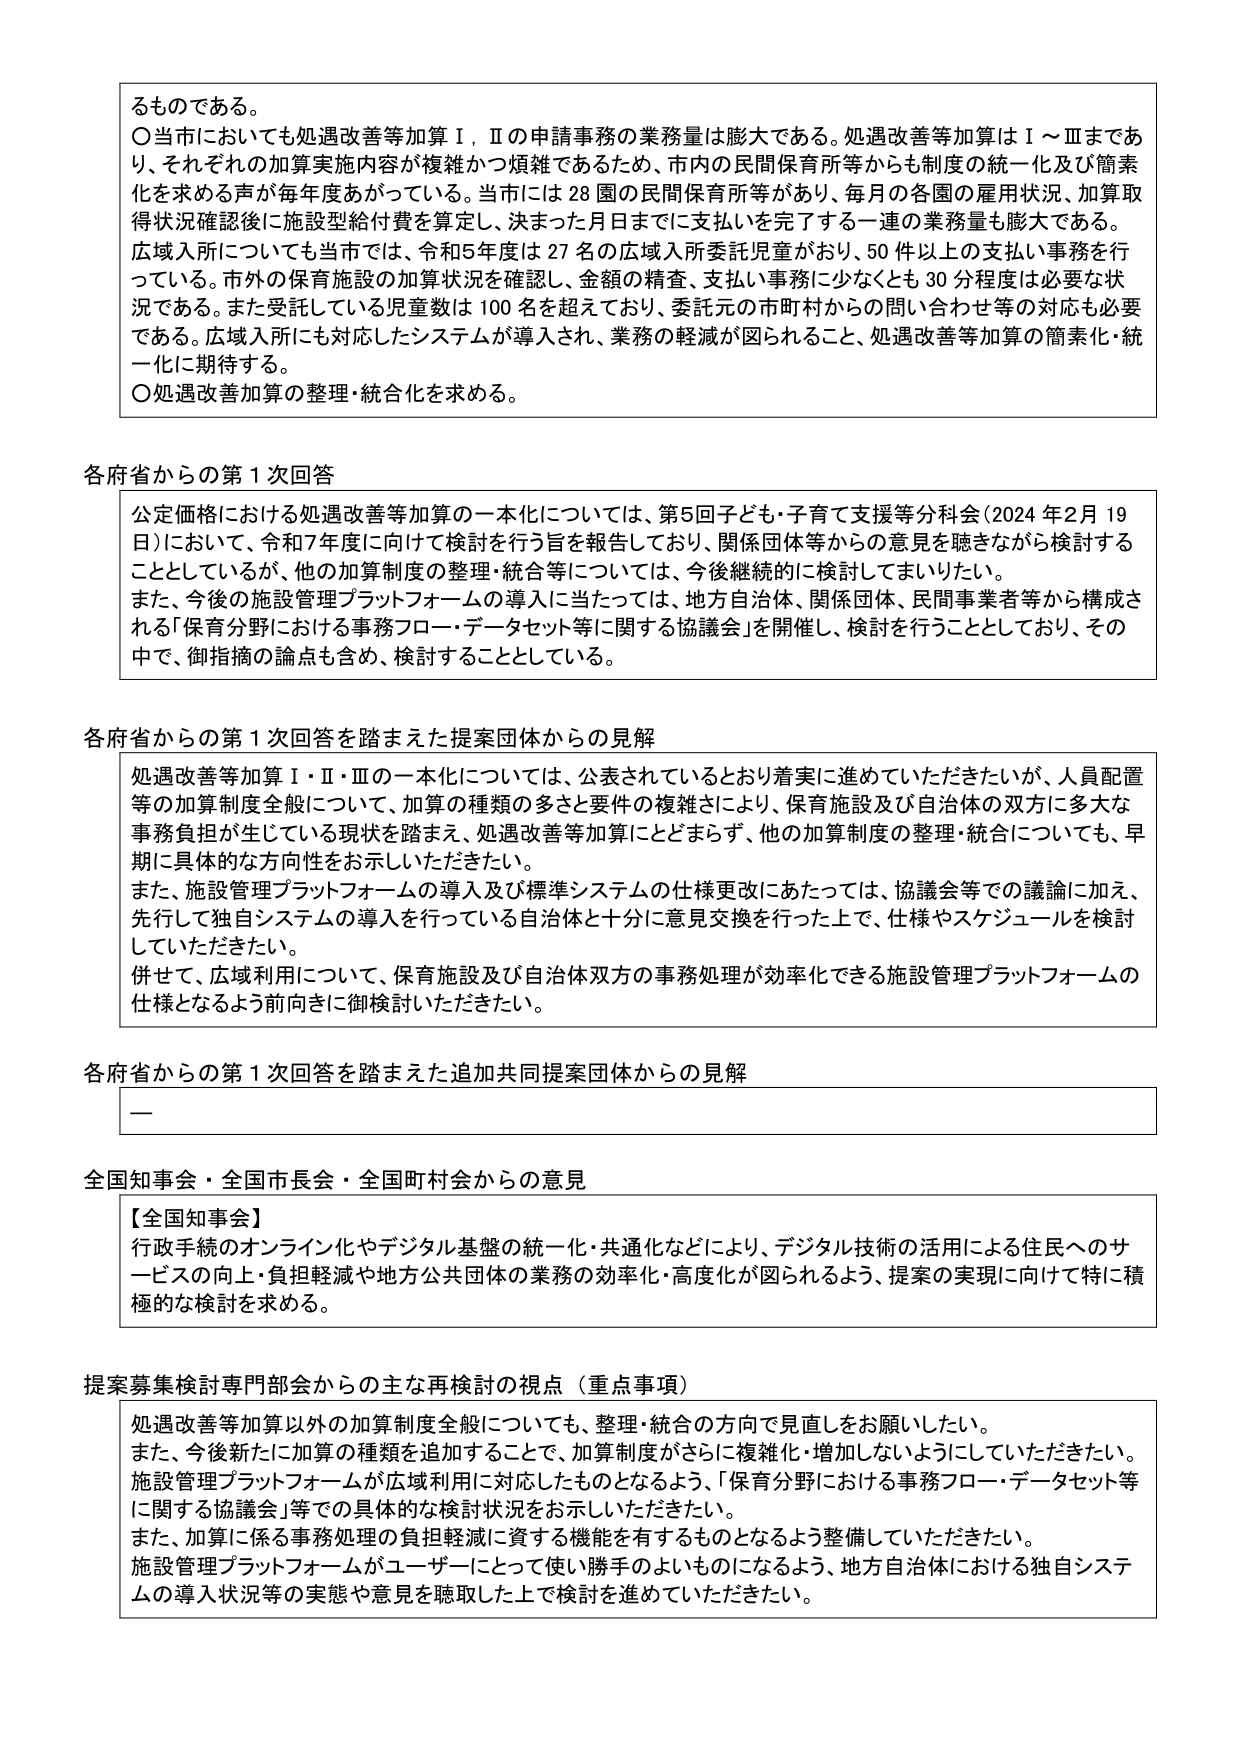
るものである。
〇当市においても処遇改善等加算Ⅰ、Ⅱの申請事務の業務量は膨大である。処遇改善等加算はⅠ～Ⅲまであり、それぞれの加算実施内容が複雑かつ煩雑であるため、市内の民間保育所等からも制度の統一化及び簡素化を求める声が毎年度あがっている。当市には28園の民間保育所等があり、毎月の各園の雇用状況、加算取得状況確認後に施設型給付費を算定し、決まった日目までに支払いを完了する一連の業務量も膨大である。広域入所についても当市では、令和5年度は27名の広域入所委託児童がおり、50件以上の支払い事務を行っている。市外の保育施設の加算状況を確認し、金額の精査、支払い事務に少なくとも30分程度は必要な状況である。また受託している児童数は100名を超えており、委託元の市町村からの問い合わせ等の対応も必要である。広域入所にも対応したシステムが導入され、業務の軽減が図られること、処遇改善等加算の簡素化・統一化に期待する。
〇処遇改善加算の整理・統合化を求める。

各府省からの第1次回答
公定価格における処遇改善等加算の一本化については、第5回子ども・子育て支援等分科会（2024年2月19日）において、令和7年度に向けて検討を行う旨を報告しており、関係団体等からの意見を聴きながら検討することとしているが、他の加算制度の整理・統合等については、今後継続的に検討してまいりたい。
また、今後の施設管理プラットフォームの導入に当たっては、地方自治体、関係団体、民間事業者等から構成される「保育分野における事務フロー・データセット等に関する協議会」を開催し、検討を行うこととしており、その中で、御指摘の論点も含め、検討することとしている。

各府省からの第1次回答を踏まえた提案団体からの見解
処遇改善等加算Ⅰ・Ⅱ・Ⅲの一本化については、公表されているとおり着実に進めていただきたいが、人員配置等の加算制度全般について、加算の種類の多さと要件の複雑さにより、保育施設及び自治体の双方に多大な事務負担が生じている現状を踏まえ、処遇改善等加算にとどまらず、他の加算制度の整理・統合についても、早期に具体的な方向性をお示しいただきたい。
また、施設管理プラットフォームの導入及び標準システムの仕様更改にあたっては、協議会等での議論に加え、先行して独自システムの導入を行っている自治体と十分に意見交換を行った上で、仕様やスケジュールを検討していただきたい。
併せて、広域利用について、保育施設及び自治体双方の事務処理が効率化できる施設管理プラットフォームの仕様となるよう前向きに御検討いただきたい。

各府省からの第1次回答を踏まえた追加共同提案団体からの見解
ー

全国知事会・全国市長会・全国町村会からの意見
【全国知事会】
行政手続のオンライン化やデジタル基盤の統一・共通化などにより、デジタル技術の活用による住民へのサービスの向上・負担軽減や地方公共団体の業務の効率化・高度化が図られるよう、提案の実現に向けて特に積極的な検討を求める。

提案募集検討専門部会からの主な再検討の視点（重点事項）
処遇改善等加算以外の加算制度全般についても、整理・統合の方向で見直しをお願いしたい。
また、今後新たに加算の種類を追加することで、加算制度がさらに複雑化・増加しないようにしていただきたい。
施設管理プラットフォームが広域利用に対応したものとなるよう、「保育分野における事務フロー・データセット等に関する協議会」等での具体的な検討状況をお示しいただきたい。
また、加算に係る事務処理の負担軽減に資する機能を有するものとなるよう整備していただきたい。
施設管理プラットフォームがユーザーにとって使い勝手のよいものになるよう、地方自治体における独自システムの導入状況等の実態や意見を聴取した上で検討を進めていただきたい。